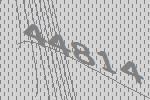
44814